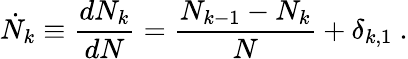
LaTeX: \dot{N}_{k}\equiv\frac{dN_{k}}{dN}=\frac{N_{k-1}-N_{k}}{N}+\delta_{k,1}~.